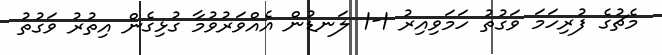
މެޗުގެ ފުރިހަމަ ވަގުތު ހަމަވިއިރު 1-1 ލަނޑުން އެއްވަރުވުމާ ގުޅިގެން އިތުރު ވަގުތު